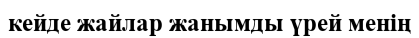
кейде жайлар жанымды үрей менің